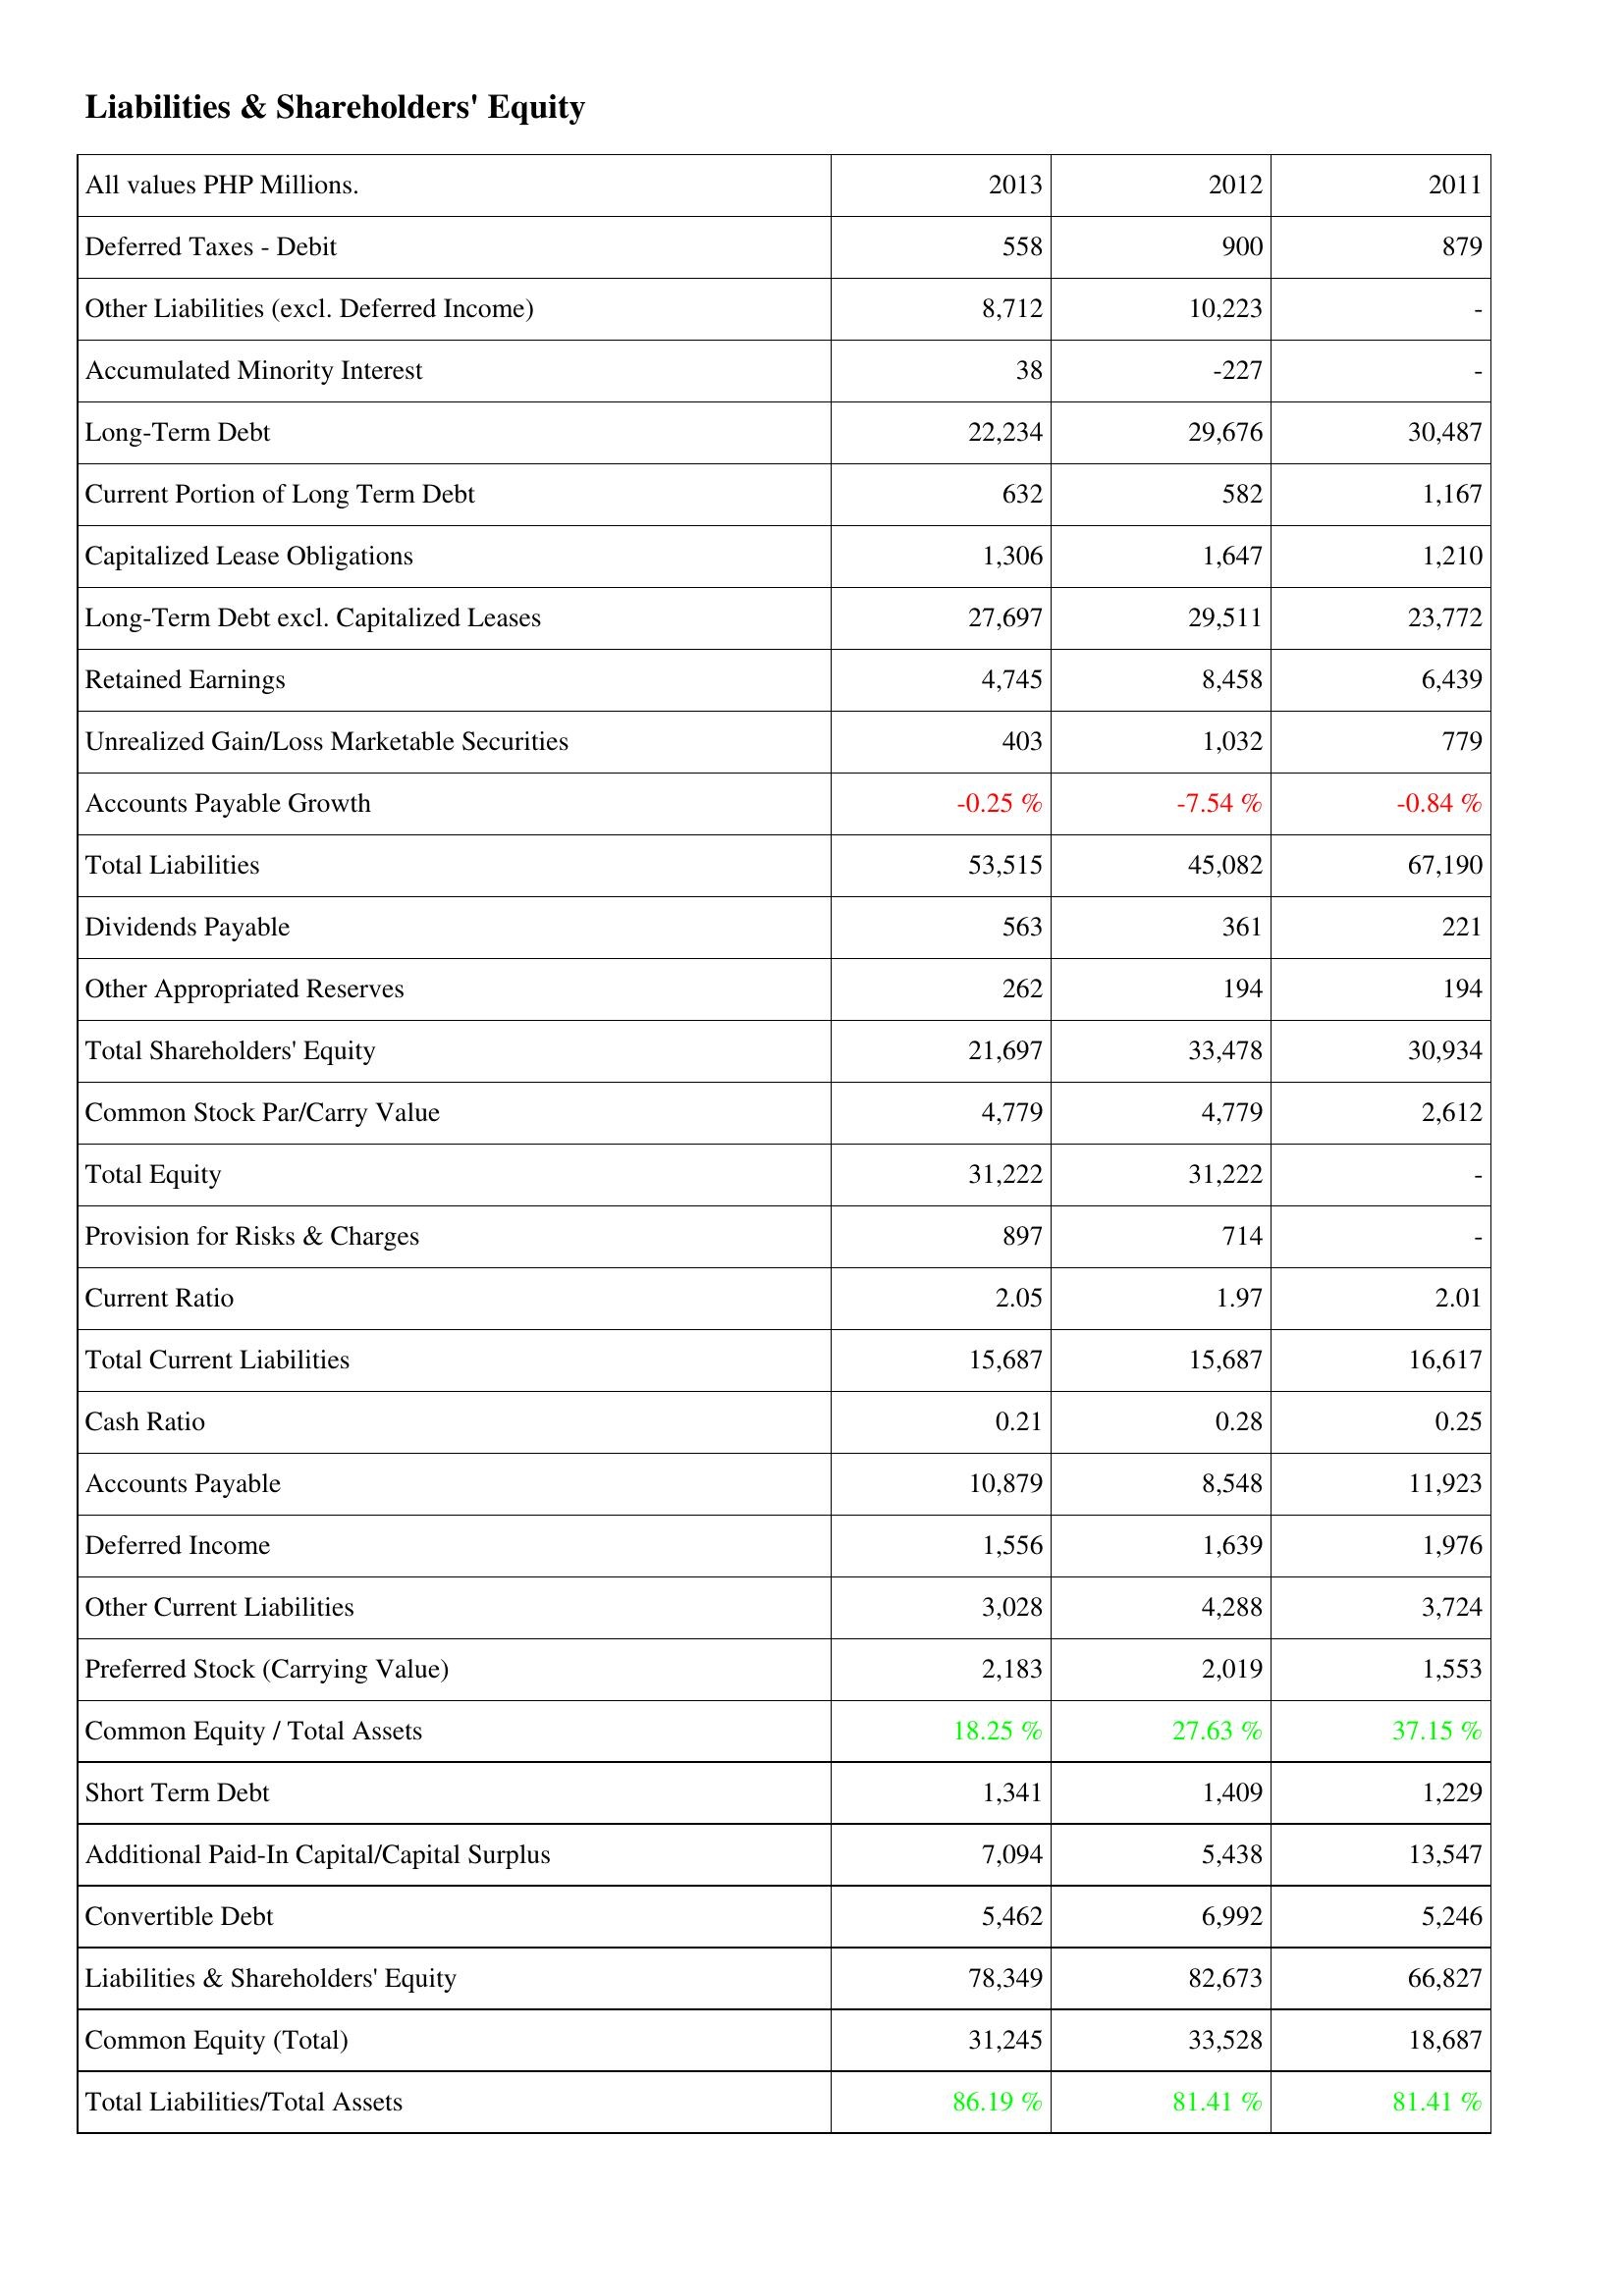
2013: Liabilities & Shareholders' Equity: Deferred Taxes - Debit: 558
Other Liabilities (excl. Deferred Income): 8,712
Accumulated Minority Interest: 38
Long-Term Debt: 22,234
Current Portion of Long Term Debt: 632
Capitalized Lease Obligations: 1,306
Long-Term Debt excl. Capitalized Leases: 27,697
Retained Earnings: 4,745
Unrealized Gain/Loss Marketable Securities: 403
Accounts Payable Growth: -0.25 %
Total Liabilities: 53,515
Dividends Payable: 563
Other Appropriated Reserves: 262
Total Shareholders' Equity: 21,697
Common Stock Par/Carry Value: 4,779
Total Equity: 31,222
Provision for Risks & Charges: 897
Current Ratio: 2.05
Total Current Liabilities: 15,687
Cash Ratio: 0.21
Accounts Payable: 10,879
Deferred Income: 1,556
Other Current Liabilities: 3,028
Preferred Stock (Carrying Value): 2,183
Common Equity / Total Assets: 18.25 %
Short Term Debt: 1,341
Additional Paid-In Capital/Capital Surplus: 7,094
Convertible Debt: 5,462
Liabilities & Shareholders' Equity: 78,349
Common Equity (Total): 31,245
Total Liabilities/Total Assets: 86.19 %
2012: Liabilities & Shareholders' Equity: Deferred Taxes - Debit: 900
Other Liabilities (excl. Deferred Income): 10,223
Accumulated Minority Interest: -227
Long-Term Debt: 29,676
Current Portion of Long Term Debt: 582
Capitalized Lease Obligations: 1,647
Long-Term Debt excl. Capitalized Leases: 29,511
Retained Earnings: 8,458
Unrealized Gain/Loss Marketable Securities: 1,032
Accounts Payable Growth: -7.54 %
Total Liabilities: 45,082
Dividends Payable: 361
Other Appropriated Reserves: 194
Total Shareholders' Equity: 33,478
Common Stock Par/Carry Value: 4,779
Total Equity: 31,222
Provision for Risks & Charges: 714
Current Ratio: 1.97
Total Current Liabilities: 15,687
Cash Ratio: 0.28
Accounts Payable: 8,548
Deferred Income: 1,639
Other Current Liabilities: 4,288
Preferred Stock (Carrying Value): 2,019
Common Equity / Total Assets: 27.63 %
Short Term Debt: 1,409
Additional Paid-In Capital/Capital Surplus: 5,438
Convertible Debt: 6,992
Liabilities & Shareholders' Equity: 82,673
Common Equity (Total): 33,528
Total Liabilities/Total Assets: 81.41 %
2011: Liabilities & Shareholders' Equity: Deferred Taxes - Debit: 879
Other Liabilities (excl. Deferred Income): -
Accumulated Minority Interest: -
Long-Term Debt: 30,487
Current Portion of Long Term Debt: 1,167
Capitalized Lease Obligations: 1,210
Long-Term Debt excl. Capitalized Leases: 23,772
Retained Earnings: 6,439
Unrealized Gain/Loss Marketable Securities: 779
Accounts Payable Growth: -0.84 %
Total Liabilities: 67,190
Dividends Payable: 221
Other Appropriated Reserves: 194
Total Shareholders' Equity: 30,934
Common Stock Par/Carry Value: 2,612
Total Equity: -
Provision for Risks & Charges: -
Current Ratio: 2.01
Total Current Liabilities: 16,617
Cash Ratio: 0.25
Accounts Payable: 11,923
Deferred Income: 1,976
Other Current Liabilities: 3,724
Preferred Stock (Carrying Value): 1,553
Common Equity / Total Assets: 37.15 %
Short Term Debt: 1,229
Additional Paid-In Capital/Capital Surplus: 13,547
Convertible Debt: 5,246
Liabilities & Shareholders' Equity: 66,827
Common Equity (Total): 18,687
Total Liabilities/Total Assets: 81.41 %